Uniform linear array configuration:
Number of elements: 8
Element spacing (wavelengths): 0.75
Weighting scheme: cosine
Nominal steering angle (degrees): -60
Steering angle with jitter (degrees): -60.889
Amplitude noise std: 0.05
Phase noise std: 0.05

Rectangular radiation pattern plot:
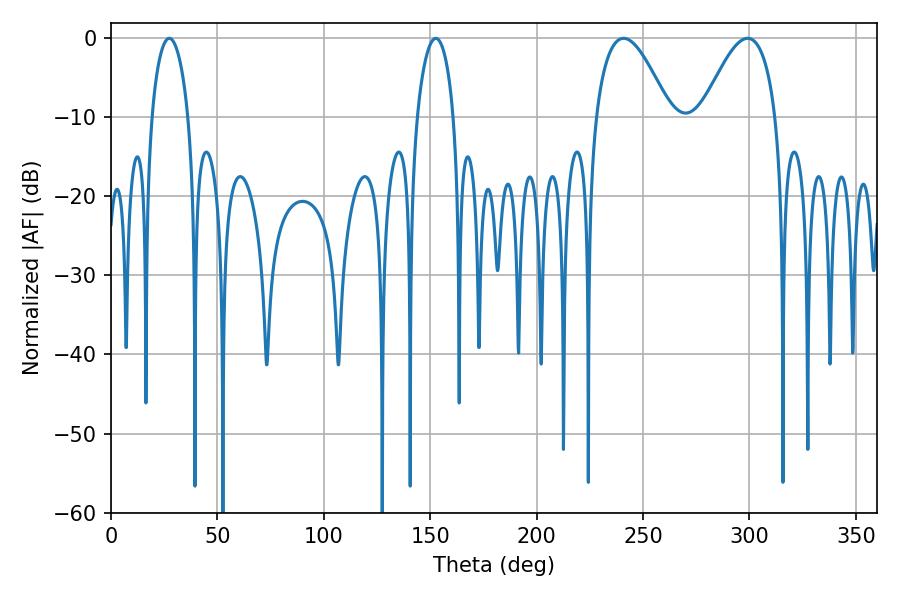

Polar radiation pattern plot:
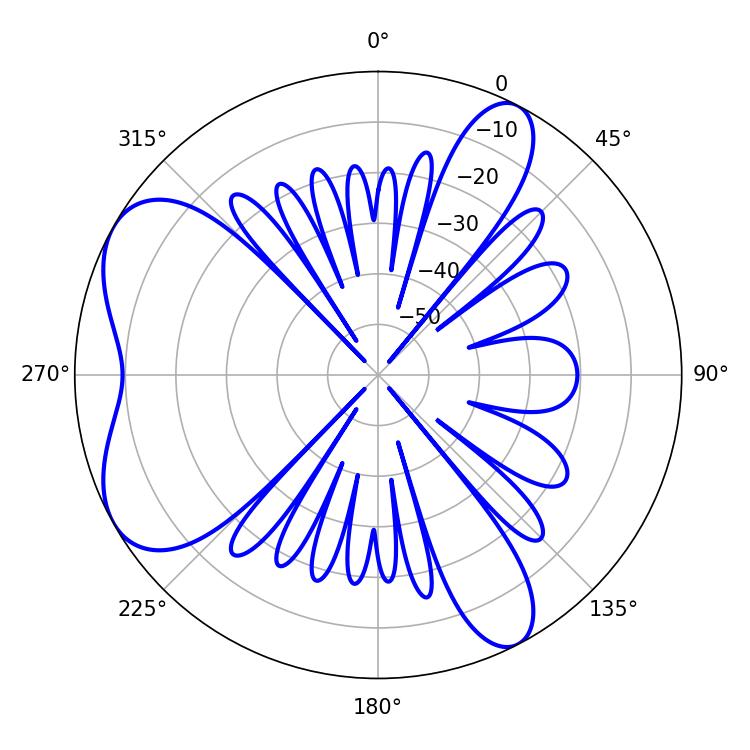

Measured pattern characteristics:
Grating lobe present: TRUE
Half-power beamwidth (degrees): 18.9
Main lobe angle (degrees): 240.84